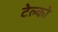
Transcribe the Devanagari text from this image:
टेल्‍को